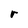
Character: r